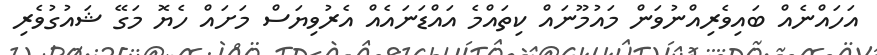
އަހައްނެއް ބައިވެރިއްނުވަން މައުމޫނައް ކިތައްމެ އައްޑަނައެއް އެރުވިޔަސް މަށައް ހެޔޮ މަގޭ ޝައުގުވެރި